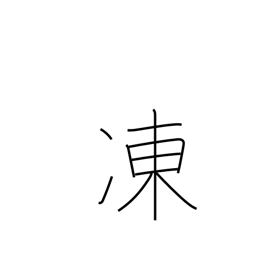
Meaning: frozen